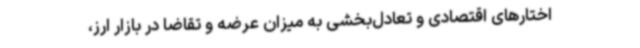
اختارهای اقتصادی و تعادل‌بخشی به میزان عرضه و تقاضا در بازار ارز،